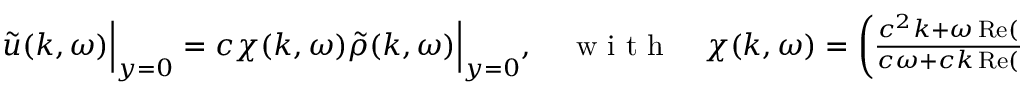
\begin{array} { r } { \tilde { u } ( k , \omega ) \Big | _ { y = 0 } = c \chi ( k , \omega ) \tilde { \rho } ( k , \omega ) \Big | _ { y = 0 } , \quad \mathrm { ~ w ~ i ~ t ~ h ~ } \quad \chi ( k , \omega ) = \left( \frac { c ^ { 2 } k + \omega \operatorname { R e } ( s _ { 1 } ) } { c \omega + c k \operatorname { R e } ( s _ { 1 } ) } \right) } \end{array}